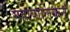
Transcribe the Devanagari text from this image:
महापालिकेनं